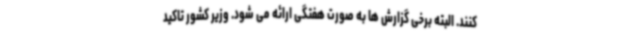
کنند. البته برخی گزارش ها به صورت هفتگی ارائه می شود. وزیر کشور تاکید